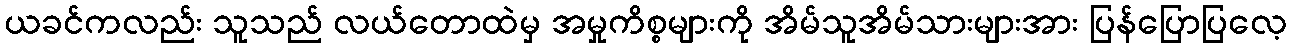
ယခင်ကလည်း သူသည် လယ်တောထဲမှ အမှုကိစ္စများကို အိမ်သူအိမ်သားများအား ပြန်ပြောပြလေ့